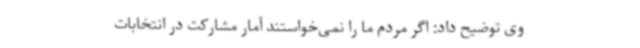
وی توضیح داد: اگر مردم ما را نمی‌خواستند آمار مشارکت در انتخابات